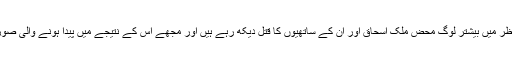
اس پورے واقعے کے تناظر میں بیشتر لوگ محض ملک اسحاق اور ان کے ساتھیوں کا قتل دیکھ رہے ہیں اور مجھے اس کے نتیجے میں پیدا ہونے والی صورتحال کی فکر لاحق ہے۔